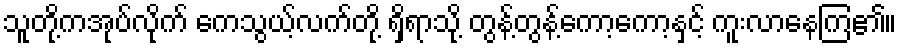
သူတို့ကအုပ်လိုက် ကေသွယ့်လက်တို့ ရှိရာသို့ တွန့်တွန့်ကော့ကော့နှင့် ကူးလာနေကြ၏။